King Institute of Preventive Medicine Bacteriolog. Section reports 1907-08
Year: 1907
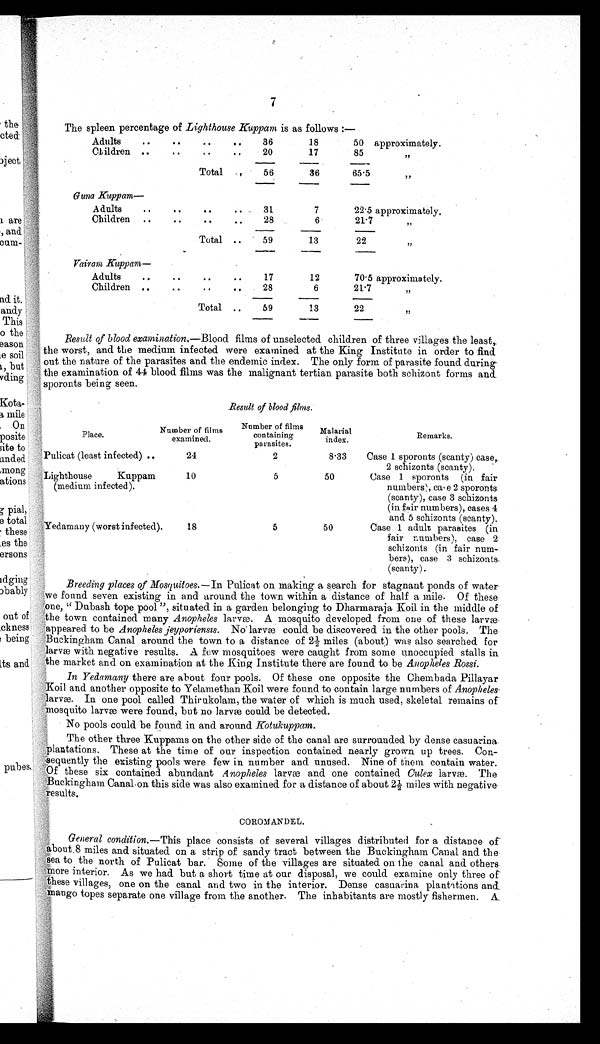
The spleen percentage of Lighthouse Kuppam is as follows :—
Adults
..
. .
..
..
36
18
50 approximately.
Children ..
..
..
..
20
17
85
,,
Total . .
56
36
65.5
,,
Guna Kuppam
—
Adults
. .
..
. 11
..
31
7
22.5 approximately.
Children ..
. .
..
..
28
6
21.7
,,
Total ..
59
13
22
,,
Vairam Kuppam
—
Adults
..
. .
. .
. .
17
12
70.5 approximately.
Children ..
. .
..
..
28
6
21.7
„
Total ..
59
13
22
,,
Result of blood examination. —Blood films of unselected children of three villages the least,
the worst, and the medium infected were examined at the King Institute in order to find
out the nature of the parasites and the endemic index. The only form of parasite found during
the examination of 44 blood. films was the malignant tertian parasite both schizont forms and
sporonts being seen.
Result of blood films.
Place.
Number of films
examined
.
Number of film
containing
parasites.
Malarial index.
Remarks.
Pulicat (least infected) ..
24
2
8.33
Case 1 sporonts (scanty) case,.
2 schizonts (scanty).
Lighthouse Kuppam
(medium infected).
10
5
50
Case 1 sporonts (in fair
numbers), case 2 sporonts
(scanty), case 3 schizonts
(in fair numbers), cases 4
and 5 schizonts (scanty).
Yedamany (worst infected).
18
5
50
Case 1 adult parasites (in
fair numbers), case 2
schizonts (in fair num-
bers), case 3 schizonts
(scanty).
Breeding places of Mosquitoes. —In Pulicat on making a search for stagnant ponds of water
we found seven existing in and around the town within a distance of half a mile. Of these
one, " Dubash tope pool ", situated in a garden belonging to Dharmaraja Koil in the middle of
the town contained many Anopheles larvæ. A mosquito developed from one of these larvæ
appeared to be Anopheles jeyporiensis. No larvæ could be discovered in the other pools. The
Buckingham Canal around the town to a distance of 2½ miles (about) was also searched for
larvæ with negative results. A few mosquitoes were caught from some unoccupied stalls in
the market and on examination at the King Institute there are found to be Anopheles Rossi.
In Yedamany there are about four pools. Of these one opposite the Chembada Pillayar
Koil and another opposite to Yelamethan Koil were found to contain large numbers of Anopheles
larvæ. In one pool called Thirukolam, the water of which is much used, skeletal remains of
mosquito larvæ were found, but no larva could be detected.
No pools could. be found in and around Kotukuppam.
The other three Kuppams on the other side of the canal are surrounded by dense casuarina
plantations. These at the time of our inspection contained nearly grown up trees. Con-
sequently the existing pools were few in number and unused. Nine of them contain water.
Of these six contained abundant Anopheles larvæ and one contained Culex larvæ. The
Buckingham Canal on this side was also examined for a distance of about 2½ miles with negative
results.
COROMANDEL.
General condition.—This place consists of several villages distributed for a distance of
about 8 miles and situated on a strip of sandy tract between the Buckingham Canal and the
sea to the north of Pulicat bar. Some of the villages are situated on the canal and others
more interior. As we had but a short time at our disposal, we could examine only three of
these villages, one on the canal and two in the interior. Dense casuarina plantations and
mango topes separate one village from the another. The inhabitants are mostly fishermen. A